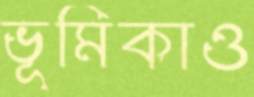
ভূমিকাও